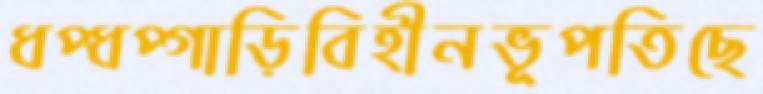
ধপ্‌ধপ্‌গাড়িবিহীনভূপতিছে